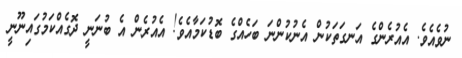
ނުވެއެވެ. އެއުރެންގެ އަނގަތަކުން އެނުކުންނަ ބަހެއްގެ ބޮޑުކަމާއެވެ! އެއުރެން އެ ބުނަނީ ދޮގެއްކަމުގައިނޫނީ